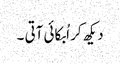
دیکھ کر اُبکائی آتی ۔